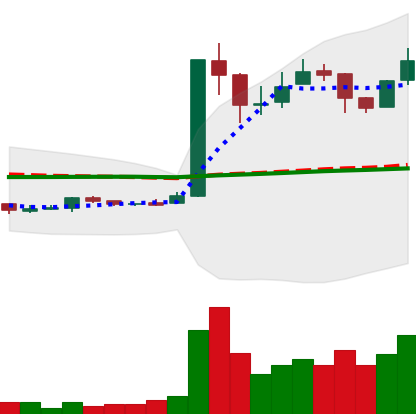
Ticker: LTC-USD
Chart end date: 2017-01-02
Forward return: -14.908%
Label: down_7plus